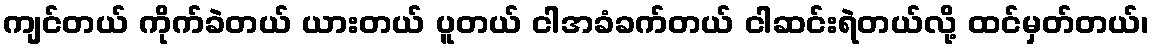
ကျင်တယ် ကိုက်ခဲတယ် ယားတယ် ပူတယ် ငါအခံခက်တယ် ငါဆင်းရဲတယ်လို့ ထင်မှတ်တယ်၊